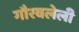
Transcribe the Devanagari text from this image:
गौरवलेली